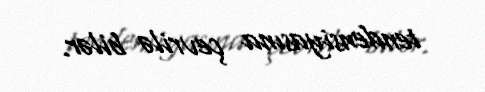
tendensiyasına çevrilə bilər.